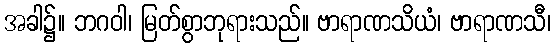
အခါ၌။ ဘဂဝါ၊ မြတ်စွာဘုရားသည်။ ဗာရာဏသိယံ၊ ဗာရာဏသီ၊